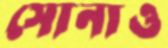
সোনাও